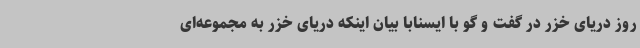
روز دریای خزر در گفت و گو با ایسنابا بیان اینکه دریای خزر به مجموعه‌ای